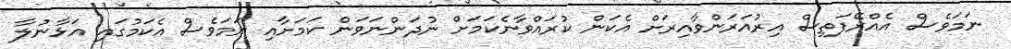
ނަމަވެސް އެއްރޭފަތިސް އިރުއަރަންވާއިރަށް އެކަން ކުރައްވާނެކަމަށް ނުދަންނަވަން ކަމަށާއި ނަމަވެސް އެކަމުގައި އަޅާނުލާ